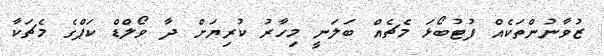
ޒުވާނުންތަކެއް ފުޓުބޯޅަ މެޗެއް ބަލަނީ މިހާރު ކުރިޔަށް ދާ ވޯލްޑް ކަޕްގެ މެޗަކާ